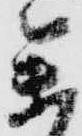
参